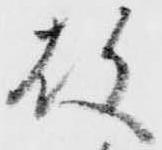
故